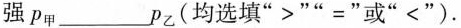
强p_{甲}_____p_{乙}(均选填”>””=”或”<”)。